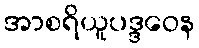
အာစရိယူပဒ္ဒဝေန